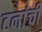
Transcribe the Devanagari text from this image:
टनांची